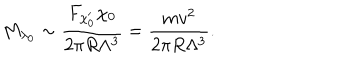
LaTeX: M _ { \lambda _ { 0 } } \sim { \frac { F _ { \chi _ { 0 } ^ { \prime } } \chi _ { 0 } } { 2 \pi R \Lambda ^ { 3 } } } = { \frac { m v ^ { 2 } } { 2 \pi R \Lambda ^ { 3 } } } .